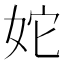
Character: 𡛥